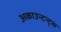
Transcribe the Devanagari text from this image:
अकाउन्टन्ट्स